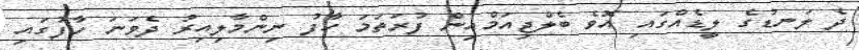
ދެ ލަނޑުގެ ލީޑެއްގައި އޮވެ ބެލްޖިއަމްއިން ފުރަތަމަ ހާފު ނިންމާލިއިރު ދެވަނަ ހާފުގައި